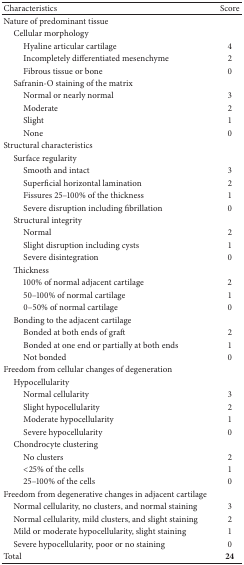
<table><thead><tr><td><b>Characteristics</b></td><td><b>Score</b></td></tr></thead><tbody><tr><td>Nature of predominant tissue</td><td> </td></tr><tr><td> Cellular morphology</td><td> </td></tr><tr><td>Hyaline articular cartilage</td><td>4</td></tr><tr><td>Incompletely differentiated mesenchyme</td><td>2</td></tr><tr><td>Fibrous tissue or bone</td><td>0</td></tr><tr><td> Safranin-O staining of the matrix</td><td> </td></tr><tr><td>Normal or nearly normal</td><td>3</td></tr><tr><td>Moderate</td><td>2</td></tr><tr><td>Slight</td><td>1</td></tr><tr><td>None</td><td>0</td></tr><tr><td>Structural characteristics</td><td> </td></tr><tr><td> Surface regularity</td><td> </td></tr><tr><td>Smooth and intact</td><td>3</td></tr><tr><td>Superficial horizontal lamination</td><td>2</td></tr><tr><td>Fissures 25–100% of the thickness</td><td>1</td></tr><tr><td>Severe disruption including fibrillation</td><td>0</td></tr><tr><td> Structural integrity</td><td> </td></tr><tr><td>Normal</td><td>2</td></tr><tr><td>Slight disruption including cysts</td><td>1</td></tr><tr><td>Severe disintegration</td><td>0</td></tr><tr><td> Thickness</td><td> </td></tr><tr><td>100% of normal adjacent cartilage</td><td>2</td></tr><tr><td>50–100% of normal cartilage</td><td>1</td></tr><tr><td>0–50% of normal cartilage</td><td>0</td></tr><tr><td> Bonding to the adjacent cartilage</td><td> </td></tr><tr><td>Bonded at both ends of graft</td><td>2</td></tr><tr><td>Bonded at one end or partially at both ends</td><td>1</td></tr><tr><td>Not bonded</td><td>0</td></tr><tr><td>Freedom from cellular changes of degeneration</td><td> </td></tr><tr><td> Hypocellularity</td><td> </td></tr><tr><td>Normal cellularity</td><td>3</td></tr><tr><td>Slight hypocellularity</td><td>2</td></tr><tr><td>Moderate hypocellularity</td><td>1</td></tr><tr><td>Severe hypocellularity</td><td>0</td></tr><tr><td> Chondrocyte clustering</td><td> </td></tr><tr><td>No clusters</td><td>2</td></tr><tr><td>&lt;25% of the cells</td><td>1</td></tr><tr><td>25–100% of the cells</td><td>0</td></tr><tr><td>Freedom from degenerative changes in adjacent cartilage</td><td> </td></tr><tr><td> Normal cellularity, no clusters, and normal staining</td><td>3</td></tr><tr><td> Normal cellularity, mild clusters, and slight staining</td><td>2</td></tr><tr><td> Mild or moderate hypocellularity, slight staining</td><td>1</td></tr><tr><td> Severe hypocellularity, poor or no staining</td><td>0</td></tr><tr><td>Total</td><td><b>24</b></td></tr></tbody></table>